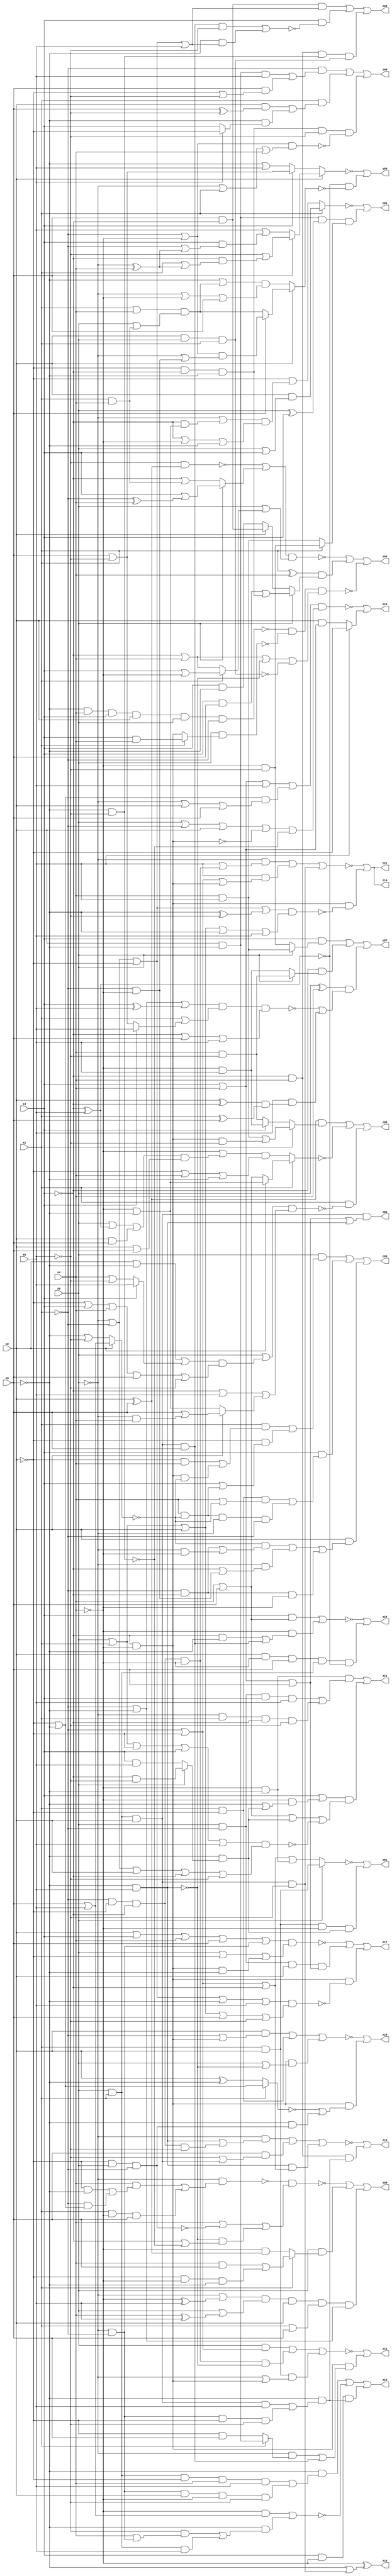
// Benchmark "q_2" written by ABC on Mon Feb 27 04:49:47 2023

module q_2 ( 
    x0, x1, x2, x3, x4, x5, x6,
    z00, z01, z02, z03, z04, z05, z06, z07, z08, z09, z10, z11, z12, z13,
    z14, z15, z16, z17, z18, z19, z20, z21  );
  input  x0, x1, x2, x3, x4, x5, x6;
  output z00, z01, z02, z03, z04, z05, z06, z07, z08, z09, z10, z11, z12, z13,
    z14, z15, z16, z17, z18, z19, z20, z21;
  wire n31, n32, n34, n35, n37, n38, n40, n42, n43, n44, n45, n46, n47, n48,
    n50, n51, n52, n53, n55, n56, n57, n59, n60, n62, n63, n64, n65, n66,
    n67, n69, n71, n72, n73, n75, n76, n78, n79, n80, n82, n84, n85, n87,
    n89, n90, n92, n93, n94, n96, n99, n100;
  assign z00 = n32 & x2 & (x3 | x4 | x5 | n31);
  assign n31 = ~x5 & x6;
  assign n32 = x0 & x1;
  assign z01 = ~n35 | (x1 & x2 & ~x4 & n34);
  assign n34 = ~x5 & (x0 ? (~x3 & ~x6) : (x3 & x6));
  assign n35 = x0 ? (x1 & x2) : (~x1 | ~x2 | ~x3 | (~x4 & ~x5));
  assign z02 = ~n38 | (n37 & (x1 ? (~x4 & ~x6) : (x4 & x6)));
  assign n37 = x2 & ~x5 & (x0 ^ x3);
  assign n38 = x1 ? (x2 & (x0 | x3)) : (~x2 | ((~x0 | (~x3 & (~x4 | ~x5))) & (~x3 | ~x4 | ~x5)));
  assign z03 = (x0 & ((x1 & ((~x2 & x4) | (~x3 & ~x4 & ~n40))) | (~x2 & (x3 | (x4 & ~n40))))) | (x3 & ((x1 & ~x2 & (x4 | ~n40)) | (x4 & ~n40 & ~x0 & ~x1))) | (x2 & ((~n40 & ((~x1 & ~x3) | (~x0 & ~x4))) | (~x0 & (~x3 | (~x1 & ~x4))) | (~x1 & ~x3 & ~x4)));
  assign n40 = x2 ? (x5 | x6) : (~x5 | ~x6);
  assign z04 = ~n47 | n42 | ~n43;
  assign n42 = (x1 ^ x4) & (x0 ? ((x3 & x5) | (~x2 & ~x3 & ~x5)) : (x2 ? (~x3 & x5) : (x3 & ~x5)));
  assign n43 = ~n45 & ~n44 & (~x3 | x4 | ~n31 | ~n46);
  assign n44 = x0 & (x1 ? (x3 & x4) : (~x3 & ~x4));
  assign n45 = ~x5 & x4 & x3 & x2 & x0 & ~x1;
  assign n46 = x2 & x0 & x1;
  assign n47 = (~n48 | (x0 ? (x3 | (~x1 ^ x4)) : (~x3 | (x1 & x4)))) & (x0 | (x1 ? (x3 | ~x4) : (~x3 | x4)));
  assign n48 = ~x6 & (x2 ^ x5);
  assign z05 = n51 | ~n52 | (x1 & ~n50);
  assign n50 = (x0 | ((x2 | ~x5 | (x3 ? x6 : (x4 | ~x6))) & (~x2 | x3 | x4 | x5 | ~x6))) & (~x3 | x6 | (x2 ? (x5 | (~x0 & x4)) : (~x4 | ~x5)));
  assign n51 = (x2 ^ x5) & (x1 ? ((x4 & x6) | (~x3 & ~x4 & ~x6)) : (x3 ? (~x4 & x6) : (x4 & ~x6)));
  assign n52 = x1 ? (x2 ? (~x4 | ~x5) : (x4 | x5)) : ((~x4 | ((x0 | n53 | (x2 & x5)) & (x2 | x5))) & (~x2 | x4 | ~x5));
  assign n53 = ~x3 ^ x6;
  assign z06 = ~n56 | (~n53 & ~n55);
  assign n55 = x2 ? (x5 ? ((~x1 | ~x4) & (~x0 | (~x1 & ~x4))) : ((x1 | x4) & (x0 | (x1 & x4)))) : ((~x5 | ((x1 | x4) & (x0 | (x1 & x4)))) & (~x0 | ~x4 | x5));
  assign n56 = x2 ? (x5 ? (~x6 | (~x3 & (x1 | n57))) : (x6 | (x3 & (~x1 | n57)))) : (x3 ? (x5 | ~x6) : (~x5 | x6));
  assign n57 = ~x0 ^ x4;
  assign z07 = (x3 & (x0 ? (x4 & x6) : (~x4 & ~x6))) | (~x3 & (x0 ? (x4 & ~x6) : (~x4 & x6))) | ((x0 ^ x4) & (~n59 | (x6 & n60)));
  assign n59 = (~x1 | ~x5 | (x3 ^ x6)) & (x1 | (x3 ? x6 : (x5 | ~x6))) & (~x3 | x5 | x6);
  assign n60 = (x2 ^ ~x3) & (x1 ^ x5);
  assign z08 = ~n64 | n62 | n63;
  assign n62 = x0 & (x1 ? ((x4 & x5) | (~x2 & ~x4 & ~x5)) : (~x4 & (x2 ^ x5)));
  assign n63 = (~x0 | (~x4 ^ x6)) & (x0 | (x4 ^ x6)) & x2 & (x1 | x5) & (~x1 | ~x5);
  assign n64 = ~n66 & (x4 | ~n67 | (~n31 & (~x3 | ~n65)));
  assign n65 = ~x5 & ~x6;
  assign n66 = ~x0 & ((x4 & ((~x2 & ~x5) | (~x1 & (~x2 | ~x5)))) | (x1 & ~x4 & x5));
  assign n67 = ~x2 & x0 & ~x1;
  assign z09 = (~x1 & ((x2 & ~x5 & x6) | (x5 & (~x2 | ~x6)))) | (x1 & ((x2 & (x5 ^ ~x6)) | (~x5 & (x6 ? ~x2 : x3)))) | (~x2 & ~x3 & ~x5 & ~x6 & ~n69);
  assign n69 = (~x1 | ~x4) & (~x0 | x1 | x4);
  assign z10 = ~n71 | (x6 ? ~x2 : (x2 & (x3 | x4)));
  assign n71 = n73 & (x0 | ~x1 | x2 | ~n72 | ~n65);
  assign n72 = ~x3 & ~x4;
  assign n73 = x3 | x4 | x6 | ((~x2 | ~x5) & (~x0 | x2 | x5));
  assign z11 = n76 | ((x3 | (~x4 & (~x5 | n34))) & (x4 | x5 | n34 | ~n75));
  assign n75 = (x0 | x1 | ~x2 | x3 | x6) & (~x0 | ~x1 | x2 | ~x3 | ~x6);
  assign n76 = ~x4 & ~x5 & ((x0 & ~x1 & x3 & x6) | (~x0 & x1 & ~x3 & ~x6));
  assign z12 = n79 | ~n78 | (x3 & ~x4 & n80);
  assign n78 = (~x4 & (x5 | x6)) | (~x5 & ((~x6 & (x4 | (~x0 & ~x1))) | (x0 & x1 & x6)));
  assign n79 = ~x5 & ((x0 & x1 & ~x2 & x4 & x6) | (~x0 & ~x1 & x2 & ~x4 & ~x6));
  assign n80 = ~x5 & ((x0 & x1 & x2 & x6) | (~x0 & ~x1 & ~x2 & ~x6));
  assign z13 = ~n82 | (~x3 & x4 & n80);
  assign n82 = (~x0 & ((~x5 & x6) | (~x1 & ~x2 & ~x3 & ~x6))) | (x5 & (~x6 | (x0 & x1 & x2))) | (~x5 & x6 & (~x1 | ~x2 | ~x3));
  assign z14 = ~n85 | (n72 & ~n84);
  assign n84 = (~x0 | ~x1 | ~x2 | (~x5 ^ ~x6)) & (x0 | x1 | x2 | ~x5 | x6);
  assign n85 = (~x0 & (x6 | (~x1 & ~x2 & ~x3 & ~x4))) | (x6 & (~x1 | ~x2 | (~x3 & ~x4))) | (x0 & x1 & x2 & ~x6);
  assign z15 = ~n87 | (n72 & ((~x0 & (x1 ? (x2 & ~x5) : (~x2 & x5))) | (x0 & x1 & x2 & x5)));
  assign n87 = (x0 & (~x1 | ~x2)) | (~x1 & ~x2 & ~x3 & ~x4 & ~n31) | (x1 & x2 & (~x0 | (~x3 & ~x4)));
  assign z16 = ~n90 | (~x3 & ~x4 & (~n89 | (~x5 & n67)));
  assign n89 = x1 ? (~x2 | ~x5) : (x2 ^ ~x5);
  assign n90 = (x2 & (~x1 | (~x3 & ~x4))) | (x1 & ~x2) | (~x3 & ~x4 & (x0 | ~n31));
  assign z17 = ~n92 | n93 | (n72 & ~n94);
  assign n92 = (x2 | x3 | x4 | x5 | (~x0 & ~x1)) & (x0 | ~x2 | (~x3 & ~x4 & ~x5));
  assign n93 = x0 & ~x1 & x2 & (x3 | x4 | x5);
  assign n94 = (~x0 | ~x1 | ~x2 | ~x5 | x6) & (x0 | x1 | x2 | x5 | ~x6);
  assign z18 = ~n96 | (x2 & ~x4 & x5 & n32 & ~n53);
  assign n96 = (x3 & (x4 | x5)) | (~x4 & ((~x3 & ~x5) | (x0 & x1 & x2 & x5)));
  assign z19 = ~x4 ^ (~x5 | (x0 & x1 & x2 & ~x6));
  assign z20 = n100 | (x3 & ~n99) | (~x3 & x4 & n65 & n46);
  assign n99 = (x0 & x1 & x2 & x5 & ~x6) | (~x5 & (~x0 | ~x1 | ~x2 | x6));
  assign n100 = x5 & ~x3 & (~x0 | ~x1 | ~x2 | x6);
  assign z21 = z14;
endmodule